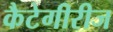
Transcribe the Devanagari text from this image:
कैटेगीरीज